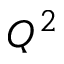
Q ^ { 2 }